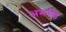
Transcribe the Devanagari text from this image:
अरूणि